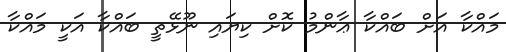
މައްކާ އަށް ބައްކާ ޢާންމު ކޮށް ކިޔައި ނޫޅޭތީ ބައްކާ އަކީ މައްކާ